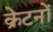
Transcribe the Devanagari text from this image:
क्रेटनों